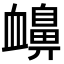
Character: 𧗗